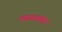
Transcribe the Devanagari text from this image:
ज्याबाबतीत